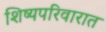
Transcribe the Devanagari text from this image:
शिष्यपरिवारात